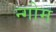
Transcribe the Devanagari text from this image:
न्गोम